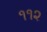
૧૧૨